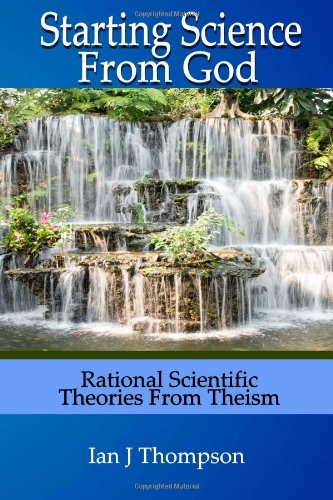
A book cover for Starting Science From God: Rational Scientific Theories from Theism; Ian J Thompson; Religion & Spirituality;